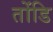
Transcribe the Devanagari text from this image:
तोंडि